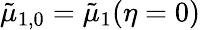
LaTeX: \tilde{\mu}_{1,0}=\tilde{\mu}_{1}(\eta=0)